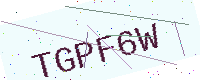
Text: TGPF6W